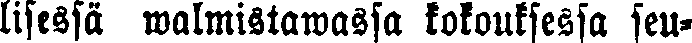
lisessä walmistawassa kokouksessa seu-